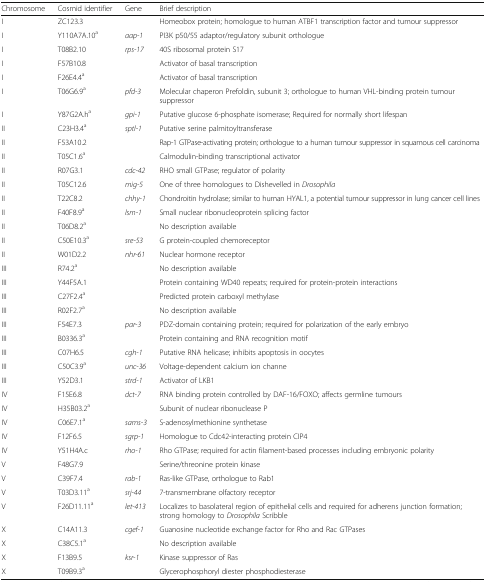
<table><thead><tr><td><b>Chromosome</b></td><td><b>Cosmid identifier</b></td><td><b>Gene</b></td><td><b>Brief description</b></td></tr></thead><tbody><tr><td>I</td><td>ZC123.3</td><td></td><td>Homeobox protein; homologue to human ATBF1 transcription factor and tumour suppressor</td></tr><tr><td>I</td><td>Y110A7A.10<sup>a</sup></td><td><i>aap-1</i></td><td>PI3K p50/55 adaptor/regulatory subunit orthologue</td></tr><tr><td>I</td><td>T08B2.10</td><td><i>rps-17</i></td><td>40S ribosomal protein S17</td></tr><tr><td>I</td><td>F57B10.8</td><td></td><td>Activator of basal transcription</td></tr><tr><td>I</td><td>F26E4.4<sup>a</sup></td><td></td><td>Activator of basal transcription</td></tr><tr><td>I</td><td>T06G6.9<sup>a</sup></td><td><i>pfd-3</i></td><td>Molecular chaperon Prefoldin, subunit 3; orthologue to human VHL-binding protein tumour suppressor</td></tr><tr><td>I</td><td>Y87G2A.h<sup>a</sup></td><td><i>gpi-1</i></td><td>Putative glucose 6-phosphate isomerase; Required for normally short lifespan</td></tr><tr><td>II</td><td>C23H3.4<sup>a</sup></td><td><i>sptl-1</i></td><td>Putative serine palmitoyltransferase</td></tr><tr><td>II</td><td>F53A10.2</td><td></td><td>Rap-1 GTPase-activating protein; orthologue to a human tumour suppressor in squamous cell carcinoma</td></tr><tr><td>II</td><td>T05C1.6<sup>a</sup></td><td></td><td>Calmodulin-binding transcriptional activator</td></tr><tr><td>II</td><td>R07G3.1</td><td><i>cdc-42</i></td><td>RHO small GTPase; regulator of polarity</td></tr><tr><td>II</td><td>T05C12.6</td><td><i>mig-5</i></td><td>One of three homologues to Dishevelled in <i>Drosophila</i></td></tr><tr><td>II</td><td>T22C8.2</td><td><i>chhy-1</i></td><td>Chondroitin hydrolase; similar to human HYAL1, a potential tumour suppressor in lung cancer cell lines</td></tr><tr><td>II</td><td>F40F8.9<sup>a</sup></td><td><i>lsm-1</i></td><td>Small nuclear ribonucleoprotein splicing factor</td></tr><tr><td>II</td><td>T06D8.2<sup>a</sup></td><td></td><td>No description available</td></tr><tr><td>II</td><td>C50E10.3<sup>a</sup></td><td><i>sre-53</i></td><td>G protein-coupled chemoreceptor</td></tr><tr><td>II</td><td>W01D2.2</td><td><i>nhr-61</i></td><td>Nuclear hormone receptor</td></tr><tr><td>III</td><td>R74.2<sup>a</sup></td><td></td><td>No description available</td></tr><tr><td>III</td><td>Y44F5A.1</td><td></td><td>Protein containing WD40 repeats; required for protein-protein interactions</td></tr><tr><td>III</td><td>C27F2.4<sup>a</sup></td><td></td><td>Predicted protein carboxyl methylase</td></tr><tr><td>III</td><td>R02F2.7<sup>a</sup></td><td></td><td>No description available</td></tr><tr><td>III</td><td>F54E7.3</td><td><i>par-3</i></td><td>PDZ-domain containing protein; required for polarization of the early embryo</td></tr><tr><td>III</td><td>B0336.3<sup>a</sup></td><td></td><td>Protein containing and RNA recognition motif</td></tr><tr><td>III</td><td>C07H6.5</td><td><i>cgh-1</i></td><td>Putative RNA helicase; inhibits apoptosis in oocytes</td></tr><tr><td>III</td><td>C50C3.9<sup>a</sup></td><td><i>unc-36</i></td><td>Voltage-dependent calcium ion channe</td></tr><tr><td>III</td><td>Y52D3.1</td><td><i>strd-1</i></td><td>Activator of LKB1</td></tr><tr><td>IV</td><td>F15E6.8</td><td><i>dct-7</i></td><td>RNA binding protein controlled by DAF-16/FOXO; affects germline tumours</td></tr><tr><td>IV</td><td>H35B03.2<sup>a</sup></td><td></td><td>Subunit of nuclear ribonuclease P</td></tr><tr><td>IV</td><td>C06E7.1<sup>a</sup></td><td><i>sams-3</i></td><td>S-adenosylmethionine synthetase</td></tr><tr><td>IV</td><td>F12F6.5</td><td><i>sgrp-1</i></td><td>Homologue to Cdc42-interacting protein CIP4</td></tr><tr><td>IV</td><td>Y51H4A.c</td><td><i>rho-1</i></td><td>Rho GTPase; required for actin filament-based processes including embryonic polarity</td></tr><tr><td>V</td><td>F48G7.9</td><td></td><td>Serine/threonine protein kinase</td></tr><tr><td>V</td><td>C39F7.4</td><td><i>rab-1</i></td><td>Ras-like GTPase, orthologue to Rab1</td></tr><tr><td>V</td><td>T03D3.11<sup>a</sup></td><td><i>srj-44</i></td><td>7-transmembrane olfactory receptor</td></tr><tr><td>V</td><td>F26D11.11<sup>a</sup></td><td><i>let-413</i></td><td>Localizes to basolateral region of epithelial cells and required for adherens junction formation; strong homology to <i>Drosophila</i> Scribble</td></tr><tr><td>X</td><td>C14A11.3</td><td><i>cgef-1</i></td><td>Guanosine nucleotide exchange factor for Rho and Rac GTPases</td></tr><tr><td>X</td><td>C38C5.1<sup>a</sup></td><td></td><td>No description available</td></tr><tr><td>X</td><td>F13B9.5</td><td><i>ksr-1</i></td><td>Kinase suppressor of Ras</td></tr><tr><td>X</td><td>T09B9.3<sup>a</sup></td><td></td><td>Glycerophosphoryl diester phosphodiesterase</td></tr></tbody></table>